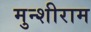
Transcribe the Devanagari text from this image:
मुन्शीराम